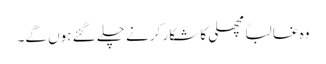
وہ غالباً مچھلی کا شکار کرنے چلے گئے ہوں گے۔